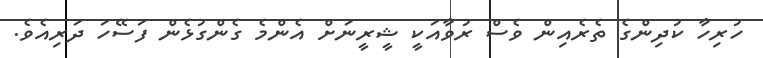
ހުރިހާ ކުދިންގެ ތެރެއިން ވެސް ރުވާއަކީ ޝީރީނަށް އެންމެ ގެންގުޅެން ފަސޭހަ ދަރިއެވެ.